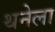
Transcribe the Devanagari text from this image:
थनेला